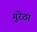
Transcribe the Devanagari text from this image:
गुरेठा